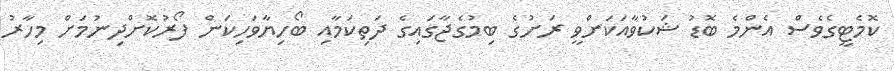
ކޮމެޓީގެވެސް އެންމެ ބޮޑު ޝަކުވާއަކަށްވީ ރަށުގެ ބިމުގެޖާގައިގެ ދަތިކަމާއި ބޯހިޔާވަހިކަން ފޯރުކޮށްދިނުމަށް މިހާރު